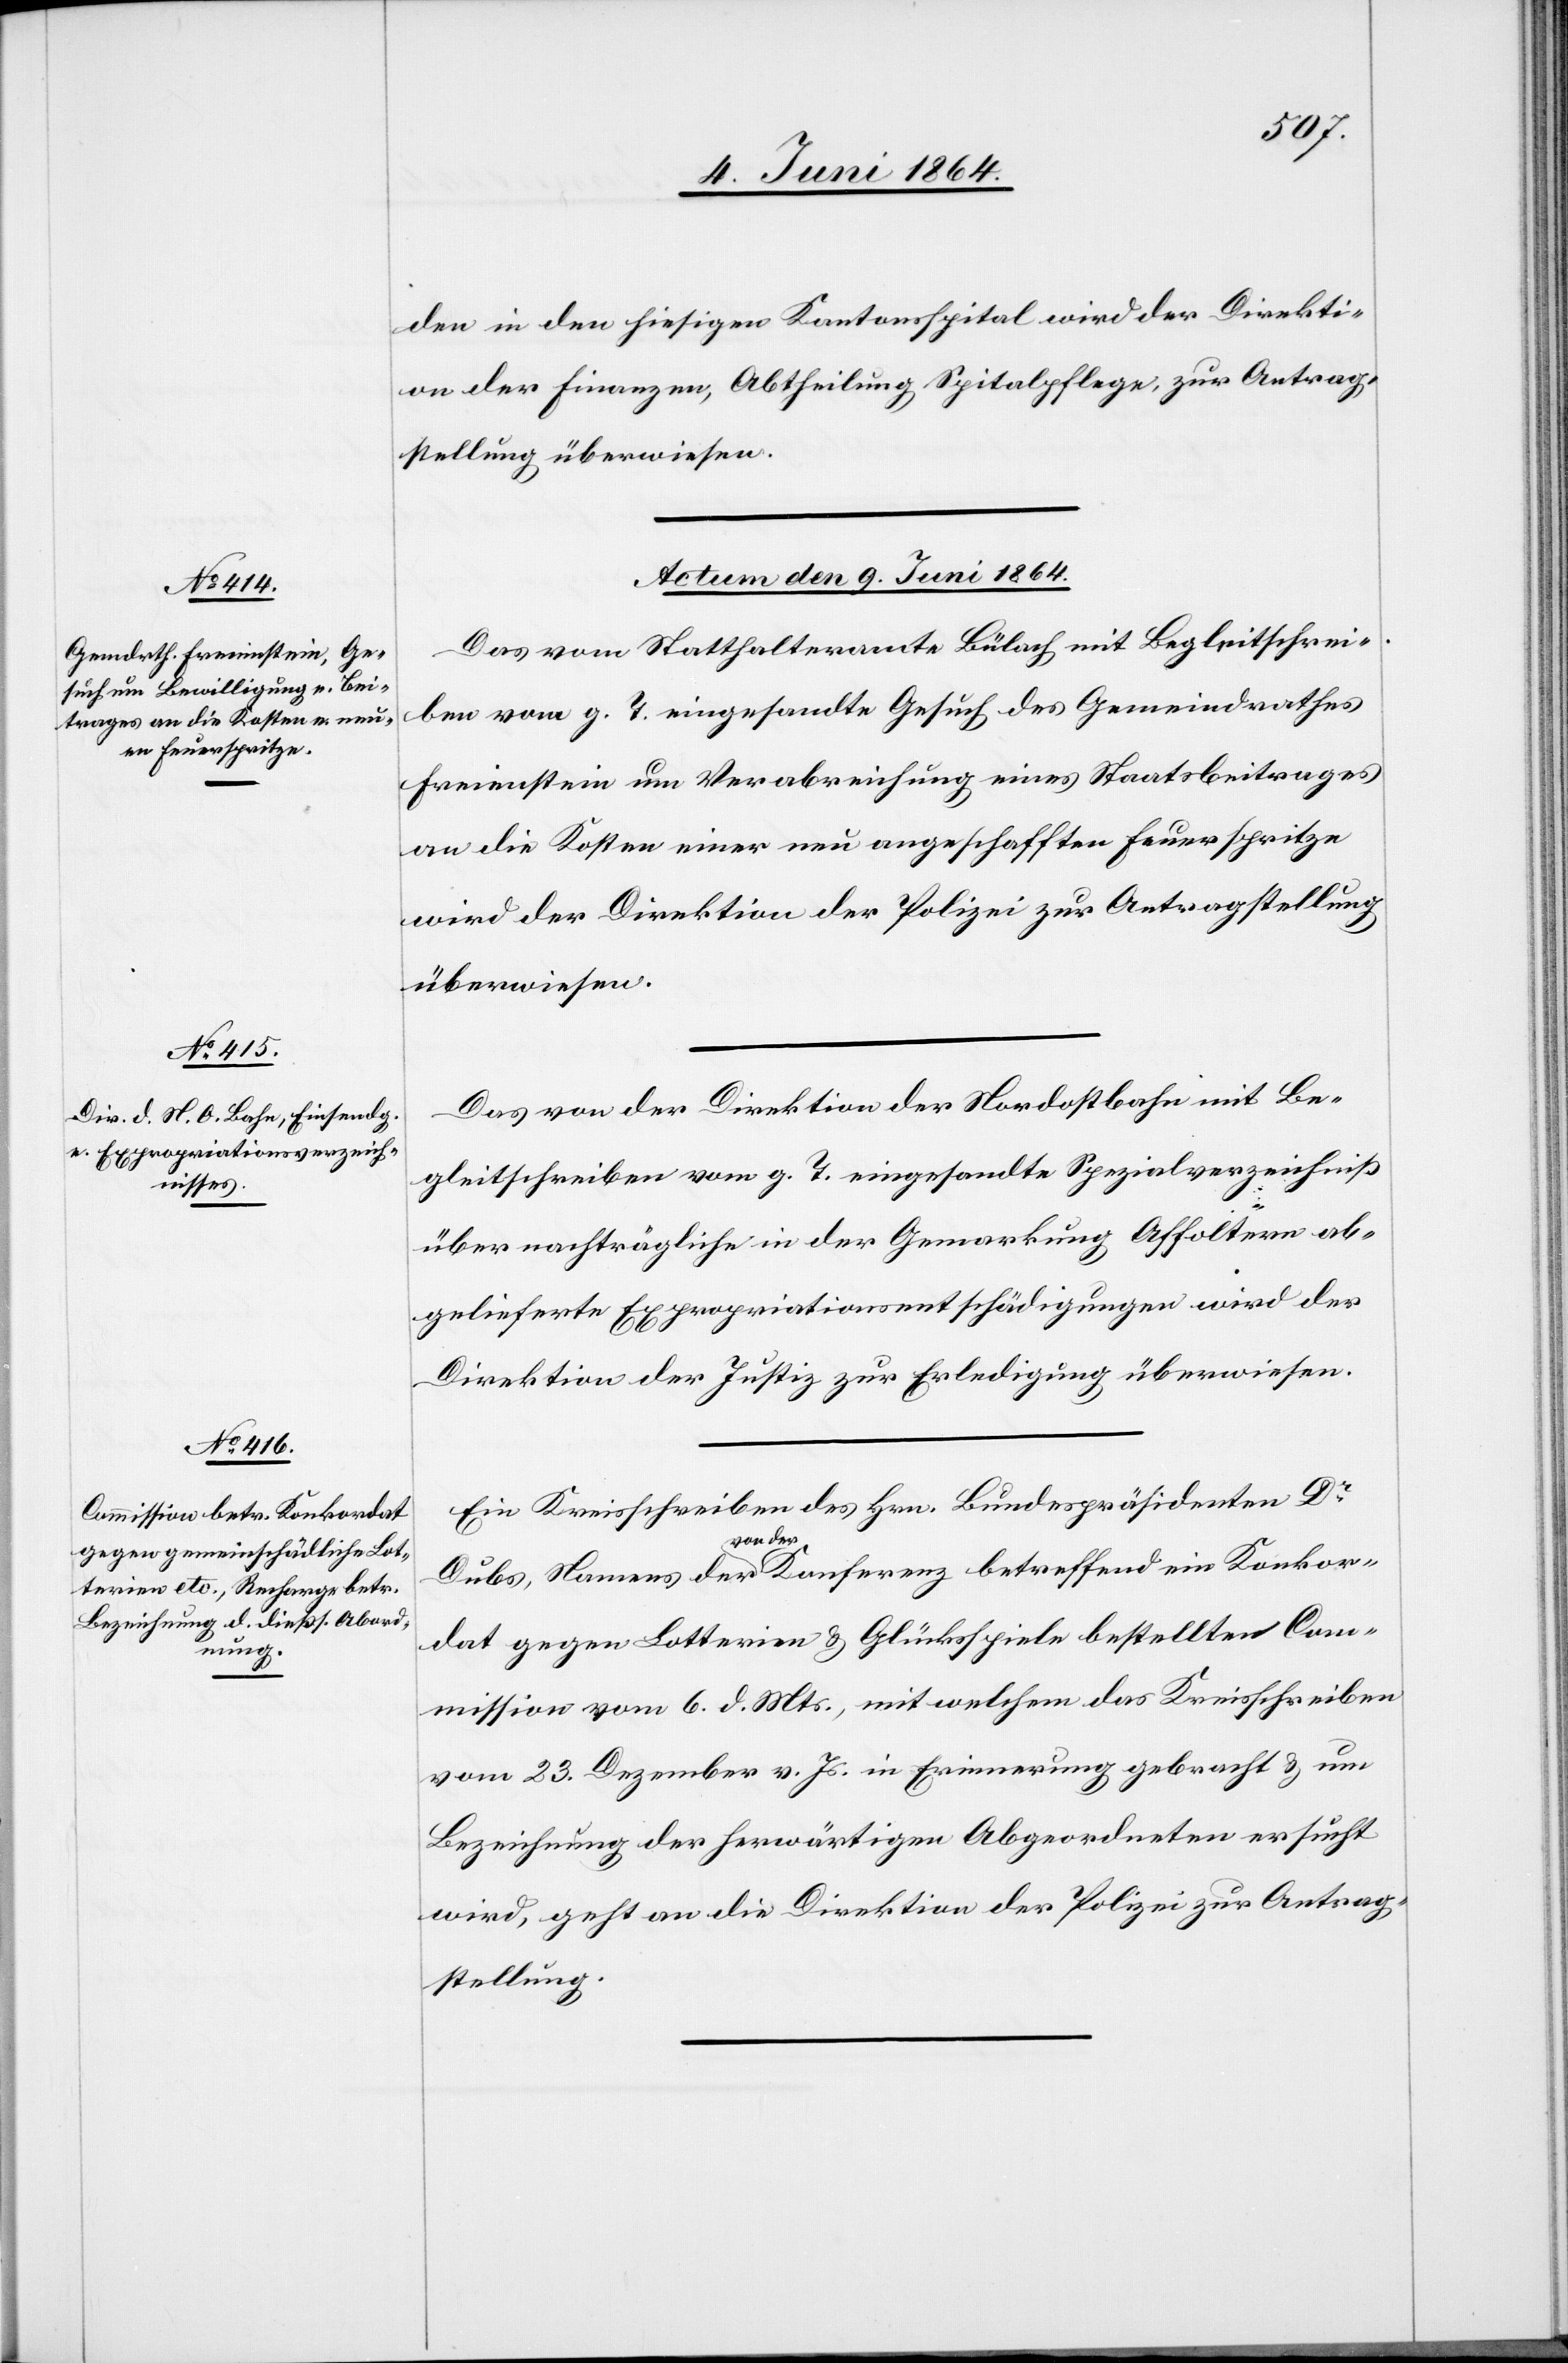
den in den hiesigen Kantonsspital wird der Direkti¬
on der Finanzen, Abtheilung Spitalpflege, zur Antrag¬
stellung überwiesen.
Actum den 9. Juni 1864.]
Das vom Statthalteramte Bülach mit Begleitschrei¬
ben vom g. T. eingesandte Gesuch des Gemeindrathes
Freienstein um Verabreichung eines Staatsbeitrages
an die Kosten einer neu angeschafften Feuerspritze
wird der Direktion der Polizei zur Antragstellung
überwiesen.
Das von der Direktion der Nordostbahn mit Be¬
gleitschreiben vom g. T. eingesandte Spezialverzeichniß
über nachträgliche in der Gemarkung Affoltern ab¬
gelieferte Expropriationsentschädigungen wird der
Direktion der Justiz zur Erledigung überwiesen.
Ein Kreisschreiben des Hrn. Bundespräsidenten Dr
Dubs, Namens der von der Konferenz betreffend ein Konkor¬
dat gegen Lotterien u. Glücksspiele bestellten Com¬
mission vom 6. d. Mts., mit welchem das Kreisschreiben
vom 23. Dezember v. Js. in Erinnerung gebracht u. um
Bezeichnung der herwärtigen Abgeordneten ersucht
wird, geht an die Direktion der Polizei zur Antrag¬
stellung.